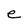
Character: e